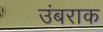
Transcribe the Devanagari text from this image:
उंबराक